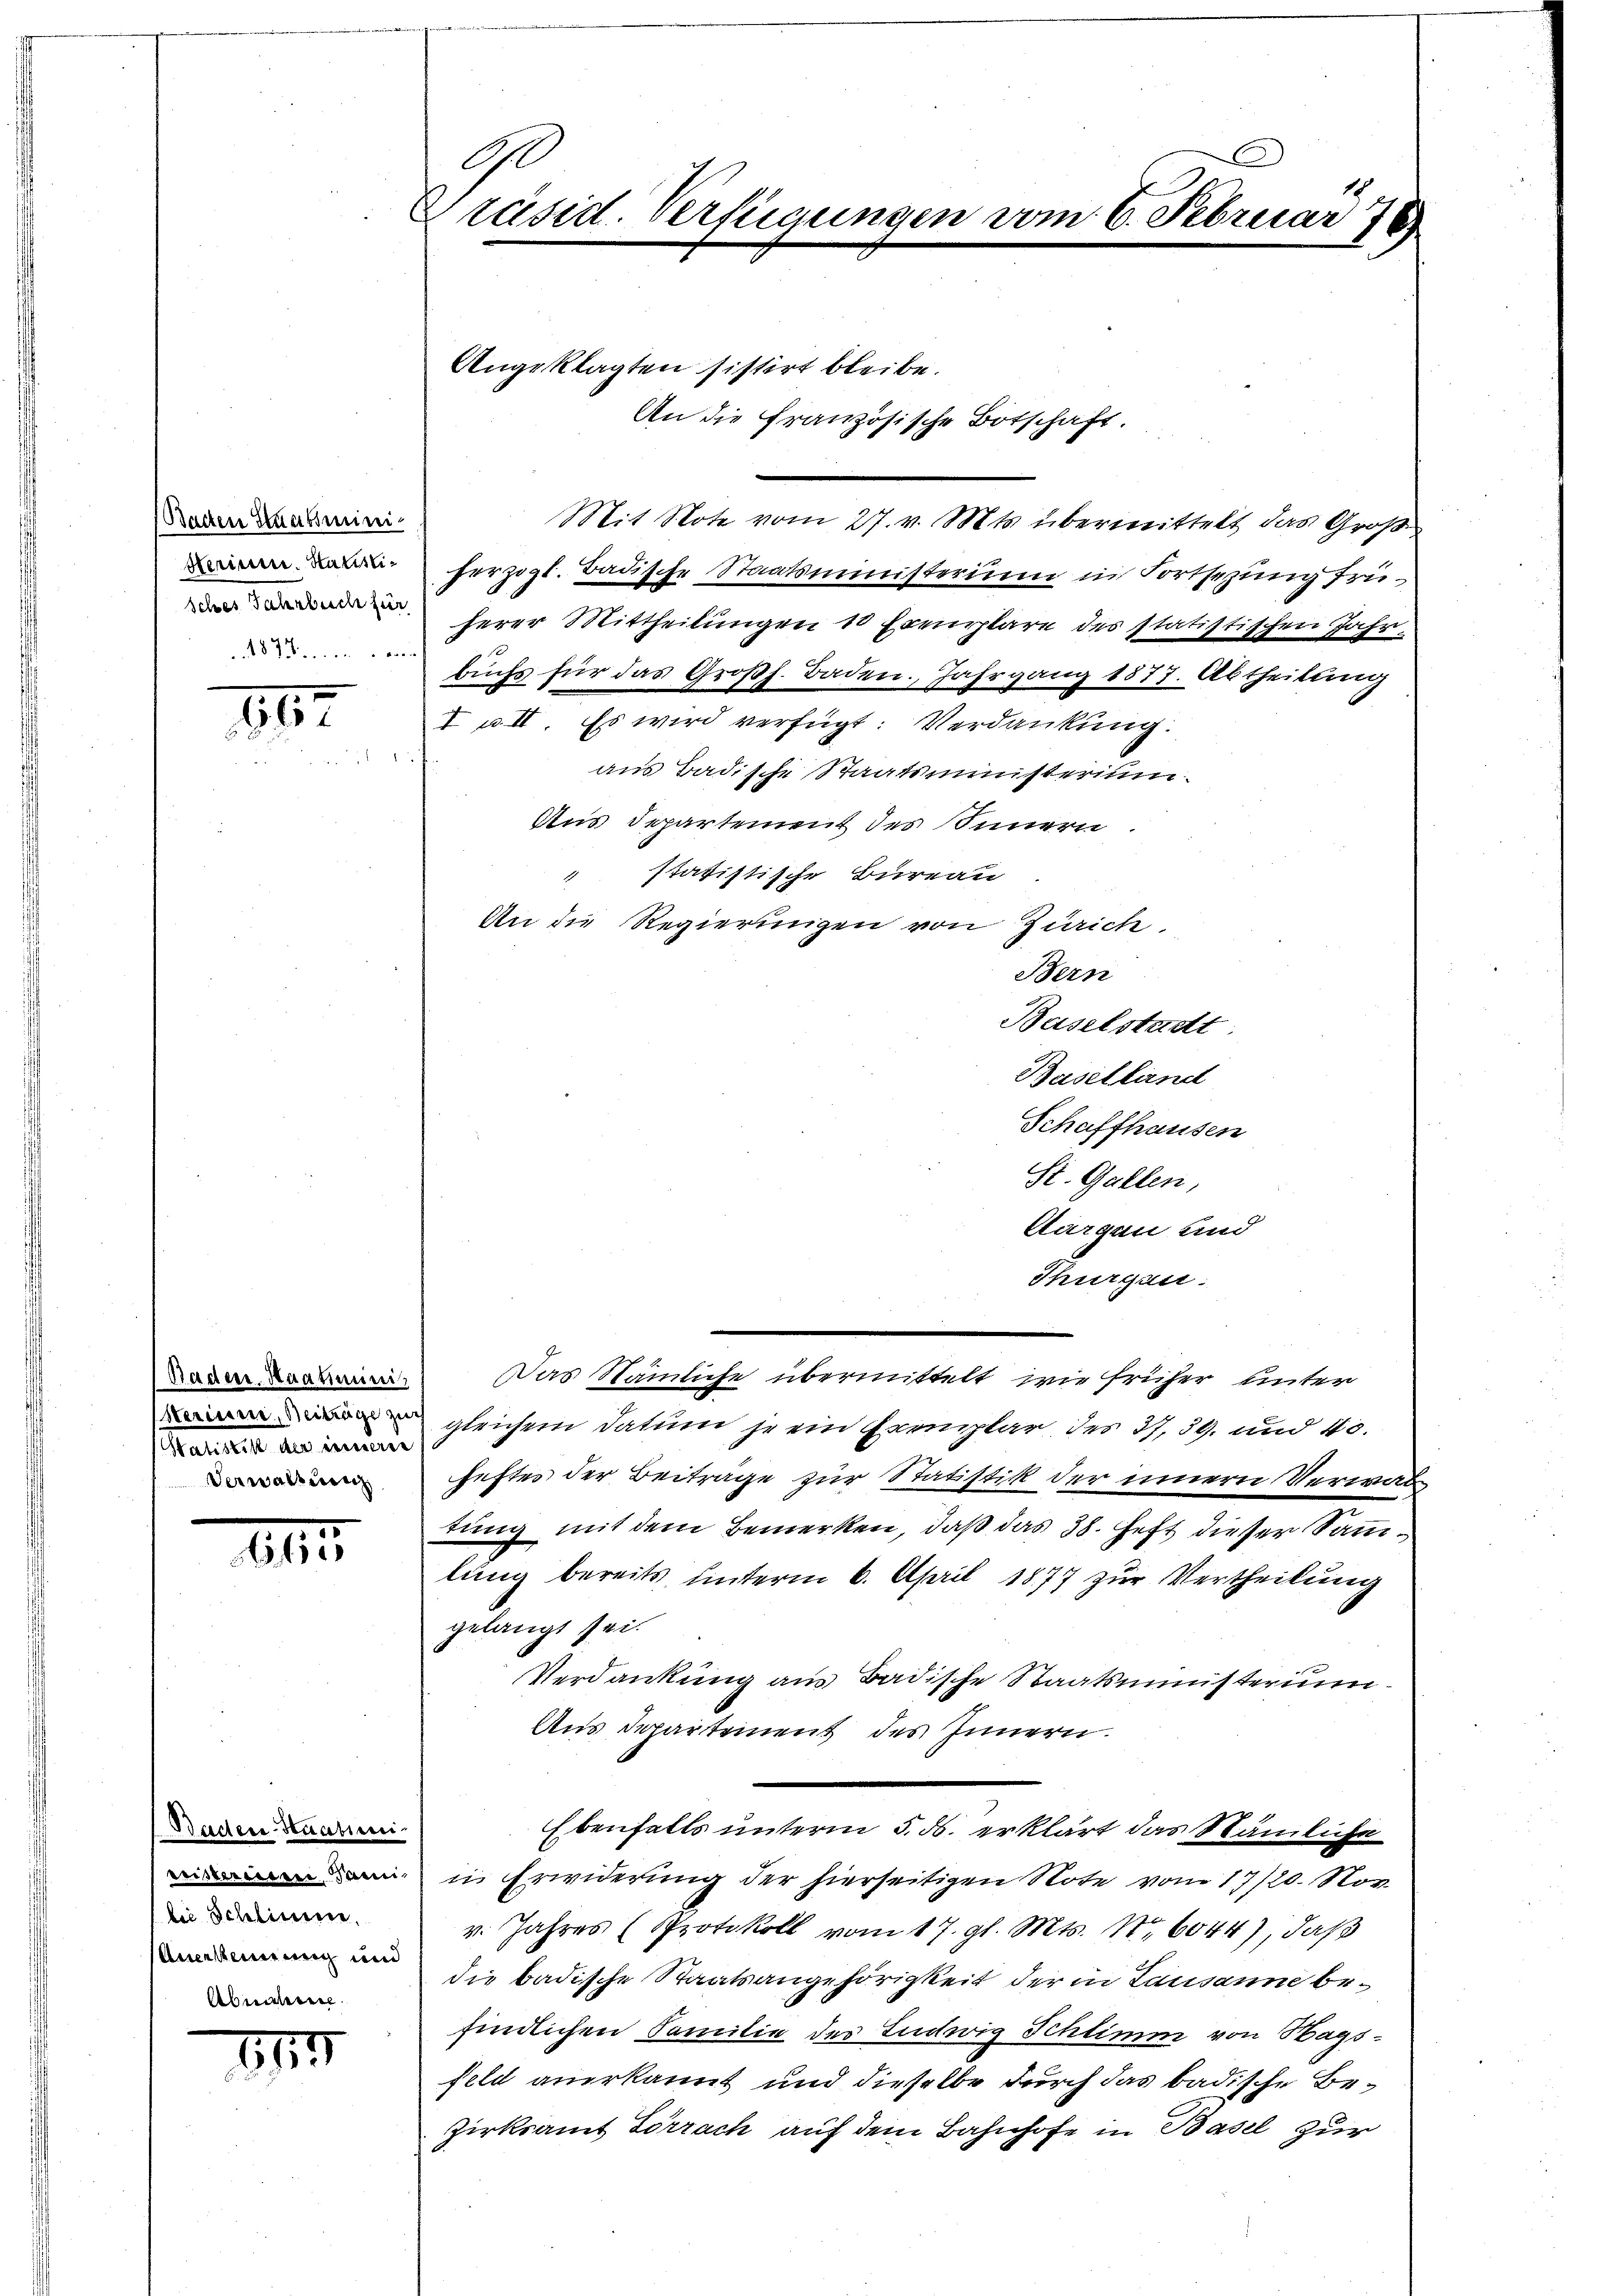
Batten Staatsmini¬
Herium. Hatistischer Fahrbuch für
487 ein weis

847

Satistik der innerer
Verwaltung

III

Bachen Haatini.
eristeriieren Janei
die Schlimme.
Anerkennung und
Abreiteren

1

G
Präsid. Verfügungen vom 6. Februar 78

Angeklagten sistirt bleibe.

An die französische Botschaft.

Mit Note vom 27. v. Mts. übermittelt das Groß
herzogl. Badische Staatsministerium in Fortsezung früherer Mittheilungen 10 Exemplare des statistischen Jahrbuchs für das Großh. Baden. Jahrgang 1877. Abtheilung
I u. II. Es wird verfügt: Verdankung.
aus Badische Staatsministerium
Aus Departement des Innern
" statistische Bureau
An die Regierungen von Zürich
Bern
Baselstadt
Baselland
Schaffhausen
St. Gallen,
Aargau und
Thurgau.
 Das Nämliche übermittelt wie früher unter
 gleichem datum je ein Camplar des 27, 39. und 40.
heftes der Beitrage zur Statistik der innern Verwaltung mit dem Bemerken, daß das 38. Heft dieser Sammlung bereits, unterm 6. April 1877 zur Vertheilung
gelangt sei.
Verdankung aus Badische Staatsministerium
Aus Departement des Innern.
Ebenfalls unterm 5. ds. erklärt das Nämliche
in Erwiderung der hierseitigen Note vom 17/20. Nov.
v. Jahres (Protokoll vom 17. gl. Mts. Nr. 6044), daß
die badische Staatsangehörigkeit der in Lausanne befindlichen Familie der Ludwig Schlimm von Hagsfeld anerkannt und dieselbe durch das badische Be¬
Zirksamt Lörrach auf dem Bahnhofe in Basel zur